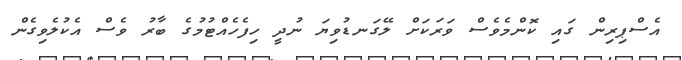
އެސްޕިރިން ގައި ކޮންމެވެސް ވަރަކަށް ލޭގަނޑުވިޔަ ނުދީ ހިފެހެއްޓުމުގެ ބާރު ވެސް އެކުލެވިގެން